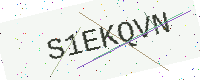
Text: S1EKQVN